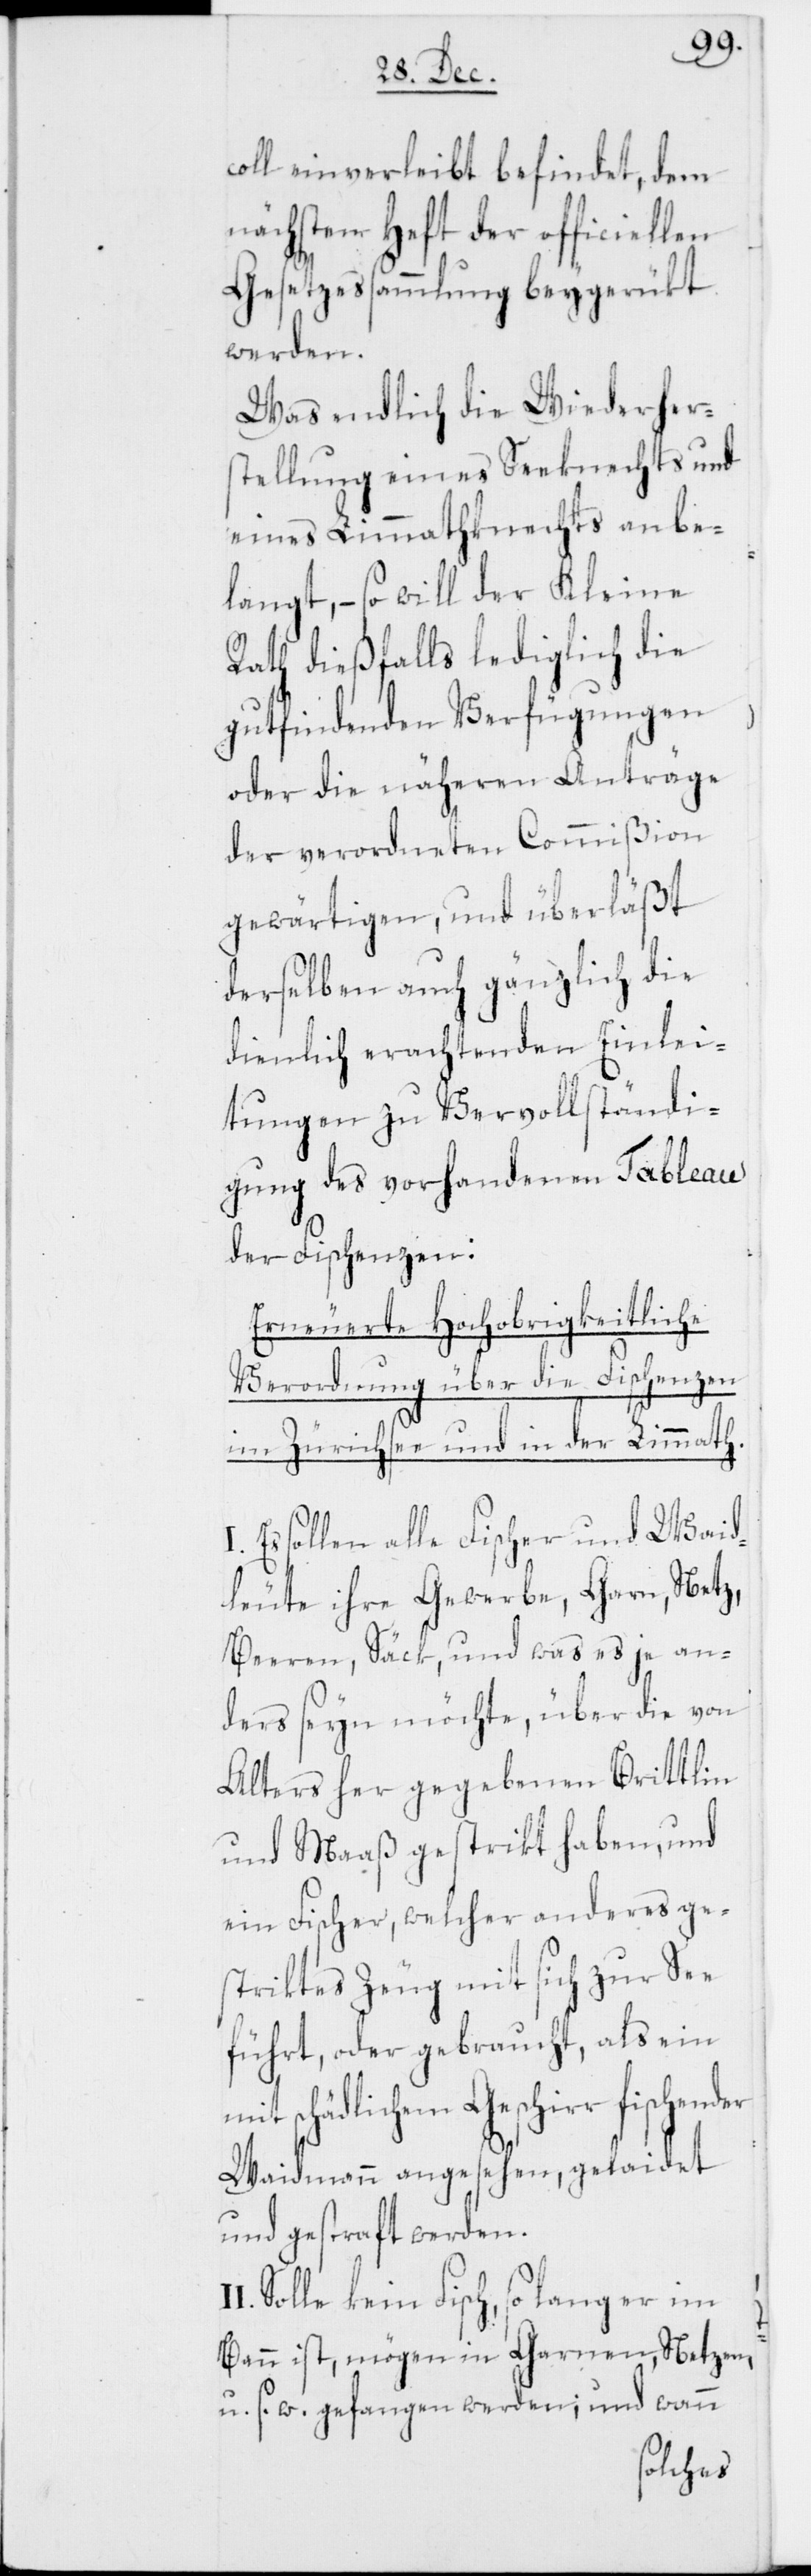
coll einverleibt befindet, dem
nächsten Heft der officiellen
Gesetzessammlung beygerükt
werden.
Was endlich die Wiederher¬
stellung eines Seeknechts und
eines Limmathknechts anbe¬
langt, – so will der Kleine
Rath dießfalls lediglich die
gutfindenden Verfügungen
oder die näheren Anträge
der verordneten Commißion
gewärtigen, und überläßt
derselben auch gänzlich die
dienlich erachtenden Einlei¬
tungen zu Vervollständi¬
gung des vorhabenden Tableau
der Fischenzen:
Erneuerete Hochobrigkeitliche
Verordnung über die Fischenzen
im Zürichsee und in der Limmath.
Es sollen alle Fischer und Waid¬
leute ihre Gewerbe, Garn, Netz,
Beeren, Säck, und was es je an¬
ders seyn möchte, über die von
Alters her gegebenen Brittlin
und Maaß gestrikt haben, und
ein Fischer, welcher anderes ge¬
striktes Zeug mit sich zur See
führt, oder gebraucht, als ein
schädlichem Geschirr
Waidmann angesehen, gelaidet
und gestraft werden.
Solle kein Fisch, so lange er im
Bann ist, mögen in Garnen, Netzen
u. s. w. gefangen werden; und wann